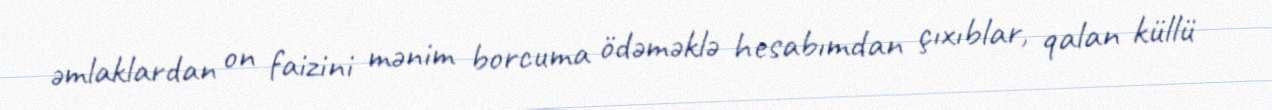
əmlaklardan on faizini mənim borcuma ödəməklə hesabımdan çıxıblar, qalan küllü